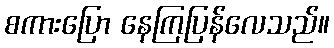
စကားပြော နေကြပြန်လေသည်။